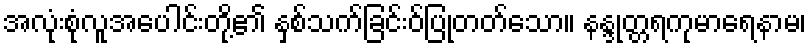
အလုံးစုံလူအပေါင်းတို့၏ နှစ်သက်ခြင်းဝ်ပြုတတ်သော။ နန္ဒုတ္တရကုမာရေနာမ၊